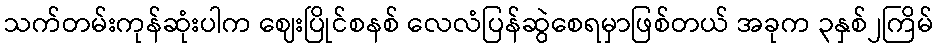
သက်တမ်းကုန်ဆုံးပါက ဈေးပြိုင်စနစ် လေလံပြန်ဆွဲစေရမှာဖြစ်တယ် အခုက ၃နှစ်၂ကြိမ်